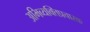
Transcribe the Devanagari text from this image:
अभिव्यक्तिप्रचारक